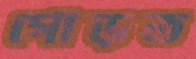
গোড়ত